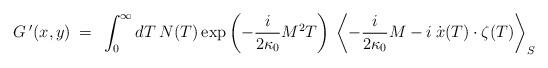
LaTeX: \begin{align*}G \> ' (x,y) \> = \>\> \int_0^{\infty} dT \> N(T) \exp \left ( - \frac{i}{2 \kappa_0} M^2 T \right) \> \left < - \frac{i}{2 \kappa_0} M - i\> \dot x(T) \cdot \zeta (T) \right >_S \end{align*}